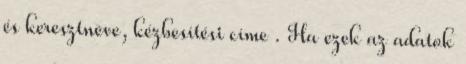
és keresztneve, kézbesítési címe . Ha ezek az adatok